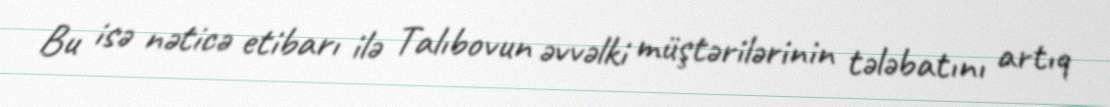
Bu isə nəticə etibarı ilə Talıbovun əvvəlki müştərilərinin tələbatını artıq